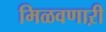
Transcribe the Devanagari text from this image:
मिळवणाऱी